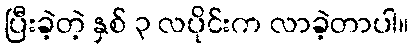
ပြီးခဲ့တဲ့ နှစ် ၃ လပိုင်းက လာခဲ့တာပါ။